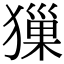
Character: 㺐